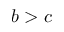
b > c